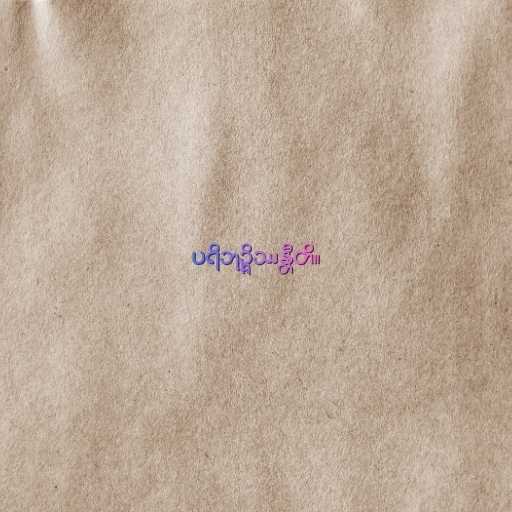
ပရိဘုဉ္ဇိဿန္တီတိ။